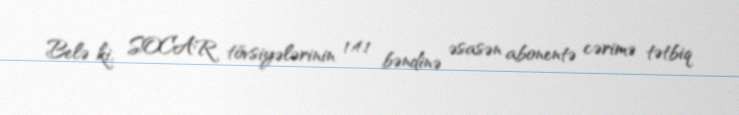
Belə ki, SOCAR tövsiyələrinin 1.4.1 bəndinə əsasən abonentə cərimə tətbiq